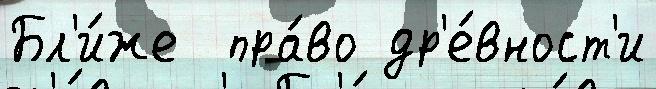
Бл'и́же  пра́во др'е́вност'и